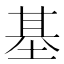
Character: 基